Vaccination in Bombay 1874-1876 - 1874-1876
Year: 1874
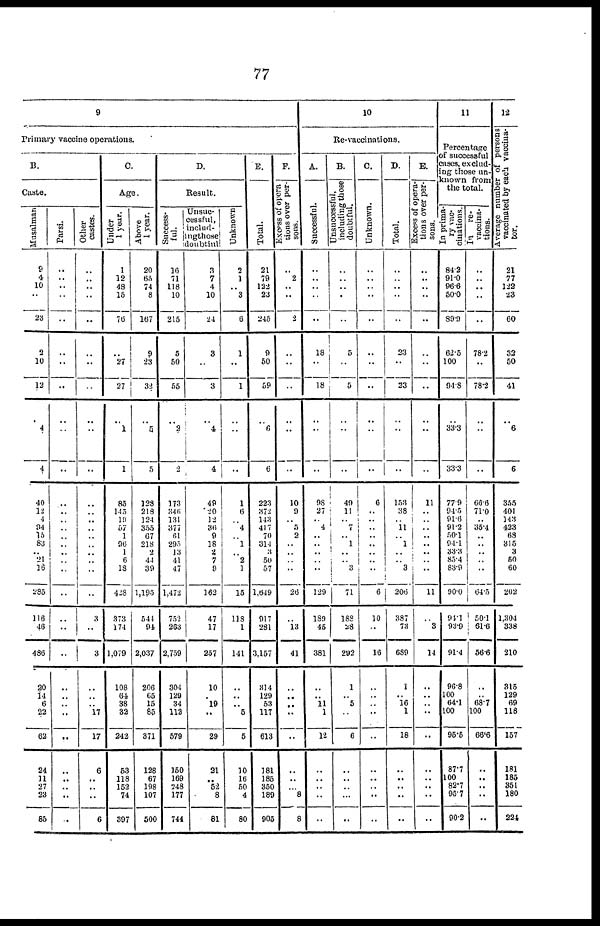
77
9
Primary vaccine operations
B.
Caste.
Musalman
9
4
10
..
23
2
10
12
..
4
4
40
12
4
94
15
83
.. 21
16
285
116
46
436
20
14
6
22
62
24
11
27
23
85
Parsi.
..
..
..
..
..
..
..
..
..
..
..
..
..
..
..
..
..
..
..
..
..
..
..
..
..
..
.. ..
..
..
..
.. ..
..
Other
castes.
..
..
..
..
..
..
..
..
..
..
..
..
..
..
..
..
..
..
..
..
..
3
..
3
..
..
.. 17
17
6
..
..
..
6
C.
Age.
Under
1 year.
1
12
48
15
76
..
27
27
..
1
1
85
145
l9
57
1
96
1
6
18
428
373
174
1,079
108
64
38
32
242
53
118
152
74
397
Above
1 year.
20
65
74
8
167
9
23
32
..
5
5
128
213
124
355
67
218
2
44
39
1,195
544
94
2,037
206
65
15
85
371
128
67
198
107
500
D.
Result.
Success-
ful.
16
71
118
10
215
5
50
55
..
2
2
173
346
131
377
61
295
13
41
47
1,472
752
263
2,759
304
129
34
112
579
150
169
248
177
744
Unsuc¬
cessful.
includ-
ing those
doubtful
3
7
4
10
24
3
..
3
..
4
4
49
20
12
36
9
18
2
7
9
162
47
17
257
10
.. 19
..
29
21
.. 52
8
81
Unknown
2
1
.. 3
6
1
..
1
..
..
..
1
6
.. 4
.. 1
.. 2
1
15
118
1
141
..
..
.. 5
5
10
16
50
4
80
E.
Total.
21
79
122
23
245
9
50
59
..
6
6
223
372
143
417
70
314
3
50
57
1,649
917
281
3,157
314
129
53
117
613
181
185
350
189
905
F.
Excess of opera
tions over per-
sons.
..
2
..
..
2
..
..
..
..
..
..
10
9
.. 5
2
..
..
..
..
26
..
13
41
..
..
..
..
..
..
..
.. 8
8
10
Re-vaccinations.
A.
Successful.
..
..
..
..
..
18
..
18
..
..
..
98
27
.. 4
..
..
..
.. ..
129
189
45
381
..
.. 11
1
12
..
..
..
..
..
B.
Unsuccessful,
including those
doubtful.
..
..
.. ..
..
5
..
5
..
..
..
49
11
.. 7
.. 1
..
.. 3
71
188
28
292
1
.. 5
..
6
..
..
..
..
..
C.
Unknown.
..
..
..
..
..
..
..
..
..
..
..
6
..
..
.. ..
..
.. ..
..
6
10
..
16
..
..
..
..
..
..
..
.. ..
..
D.
Total.
..
..
..
..
..
23
..
23
..
..
..
153
38
.. 11
.. 1
.. .. 3
206
387
73
689
1
.. 16
1
18
..
.. ..
..
..
E.
Excess of opera-
tions over per-
sons.
..
..
..
..
..
..
..
..
..
..
..
11
.. ..
..
..
..
..
..
..
11
..
3
14
..
..
.. ..
..
..
..
..
..
..
11
Percentage
of successful
cases, exclud-
ing those un-
known from
the total.
In prima-
ry vac-
cinations.
84.2
91.0
96.6
50.0
89.9
62.5
100
94.8
..
33.3
33.3
77.9
94.5
91.6
91.2
50.1
94.1
33.3
85.4
83.9
90.0
91.1
93.9
91.4
96.8
100
64.1
100
95.5
87.7
100
82.7
95.7
90.2
In
re-
vaccina-
tions.
..
..
..
..
..
78.2
..
78.2
..
..
..
66.6
71.0
.. 35.4
..
..
..
..
..
64.5
50.1
81.6
56.6
..
.. 68.7
100
66.6
..
..
.. ..
..
12
Average number of persons
vaccinated by each vaccina-
tor.
21
77
122
23
60
32
50
41
..
6
6
355
401
143
423
68
315
3
50
60
202
1,304
338
210
315
129
69
118
157
181
185
351
180
224